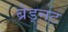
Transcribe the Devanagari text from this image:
ब्रेड्नट